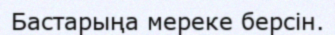
Бастарыңа мереке берсін.